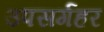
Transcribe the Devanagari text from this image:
उपसर्गहर